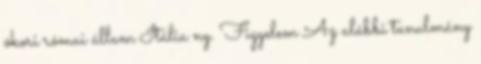
ókori római állam Itália ny. Figyelem Az alábbi tanulmány